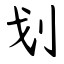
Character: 划